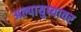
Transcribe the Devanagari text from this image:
अल्पायुष्यावर